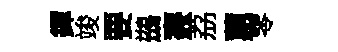
鐸竣要鷀燾荔蕙零